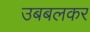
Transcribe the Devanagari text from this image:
उबबलकर